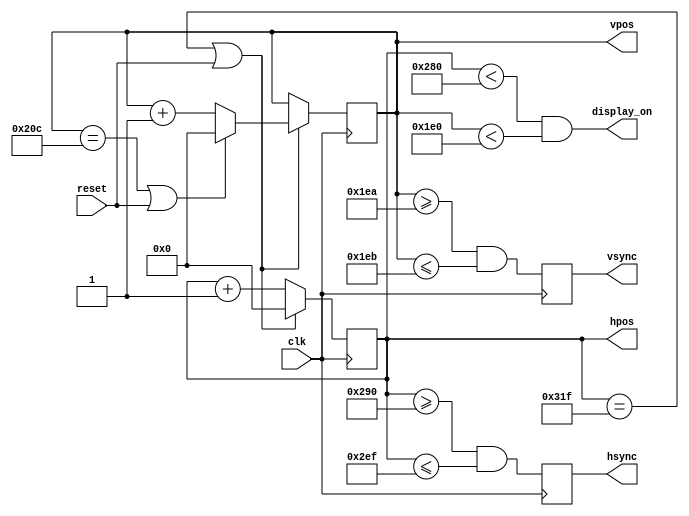
`timescale 1ns / 1ps

module hvsync_generator(clk, reset, hsync, vsync, display_on, hpos, vpos);

    input clk;
    input reset;
    output reg hsync, vsync;
    output display_on;
    output reg [9:0] hpos;
    output reg [9:0] vpos;


    parameter H_DISPLAY       = 640;
    parameter H_BACK          =  48;
    parameter H_FRONT         =  16;
    parameter H_SYNC          =  96;

    parameter V_DISPLAY       = 480;
    parameter V_TOP           =  33;
    parameter V_BOTTOM        =  10;
    parameter V_SYNC          =   2;

    parameter H_SYNC_START    = H_DISPLAY + H_FRONT;
    parameter H_SYNC_END      = H_DISPLAY + H_FRONT + H_SYNC - 1;
    parameter H_MAX           = H_DISPLAY + H_BACK + H_FRONT + H_SYNC - 1;
    parameter V_SYNC_START    = V_DISPLAY + V_BOTTOM;
    parameter V_SYNC_END      = V_DISPLAY + V_BOTTOM + V_SYNC - 1;
    parameter V_MAX           = V_DISPLAY + V_TOP + V_BOTTOM + V_SYNC - 1;

    wire hmaxxed = (hpos == H_MAX) || reset;
    wire vmaxxed = (vpos == V_MAX) || reset;

    always @(posedge clk)
    begin
        hsync <= (hpos>=H_SYNC_START && hpos<=H_SYNC_END);
        if(hmaxxed)
            hpos <= 0;
        else
            hpos <= hpos + 1;
    end

    always @(posedge clk)
    begin
        vsync <= (vpos>=V_SYNC_START && vpos<=V_SYNC_END);
        if(hmaxxed)
            if (vmaxxed)
                vpos <= 0;
            else
                vpos <= vpos + 1;
    end

    assign display_on = (hpos<H_DISPLAY) && (vpos<V_DISPLAY);

endmodule